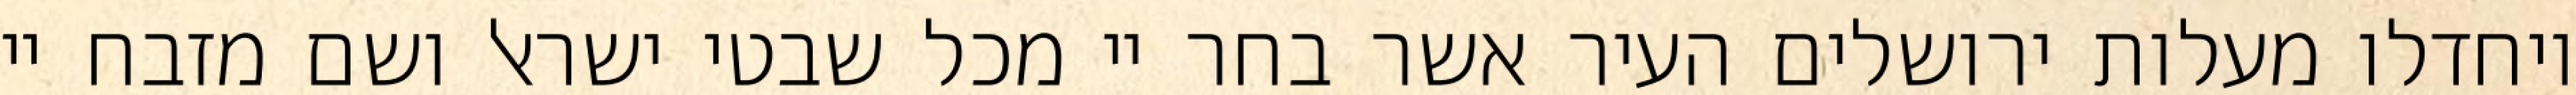
ויחדלו מעלות ירושלים העיר אשר בחר יי מכל שבטי ישראל ושם מזבח יי